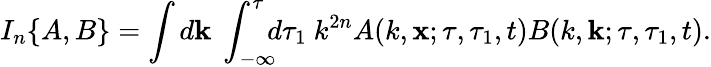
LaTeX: I_{n}\{ {A,B}\} =\int d{\mathbf{k}}\ \int_{-\infty}^{\tau}\! \! \! d\tau_{1}\ k^{2n}A(k,{\mathbf{x}};\tau,\tau_{1},t)B(k,{\mathbf{k}};\tau,\tau_{1},t).